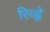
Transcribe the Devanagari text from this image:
रिव्ह्ने